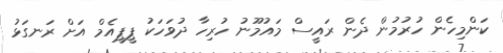
ކަންމިހެން ހުރުމުން ދެން ރައީސް މައުމޫނު ހުރިހާ ދުވަހަކު ޕީޕީއެމް އަށް ރަނގަޅު